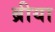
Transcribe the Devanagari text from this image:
ब्रीया